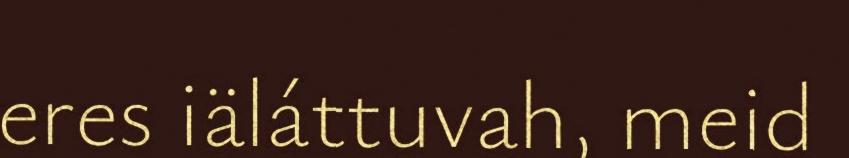
eres iäláttuvah, meid